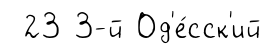
23 3-й Од'е́сск'ий